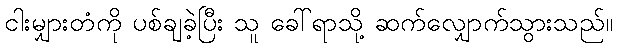
ငါးမျှားတံကို ပစ်ချခဲ့ပြီး သူ ခေါ်ရာသို့ ဆက်လျှောက်သွားသည်။